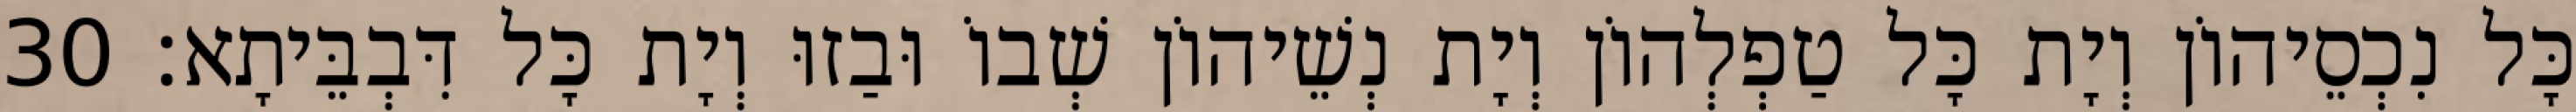
כָּל נִכְסֵיהוֹן וְיָת כָּל טַפְלְהוֹן וְיָת נְשֵׁיהוֹן שְׁבוֹ וּבַזוּ וְיָת כָּל דִּבְבֵּיתָא׃ 30